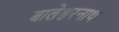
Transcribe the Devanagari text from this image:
बालेश्वरनाथ